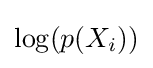
\log(p(X_{i}))